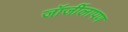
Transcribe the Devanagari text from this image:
जॉर्जीलापण